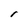
Character: l